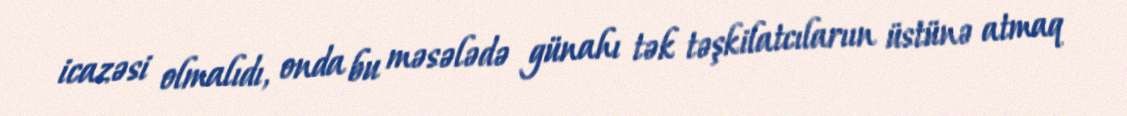
icazəsi olmalıdı, onda bu məsələdə günahı tək təşkilatcılarıın üstünə atmaq